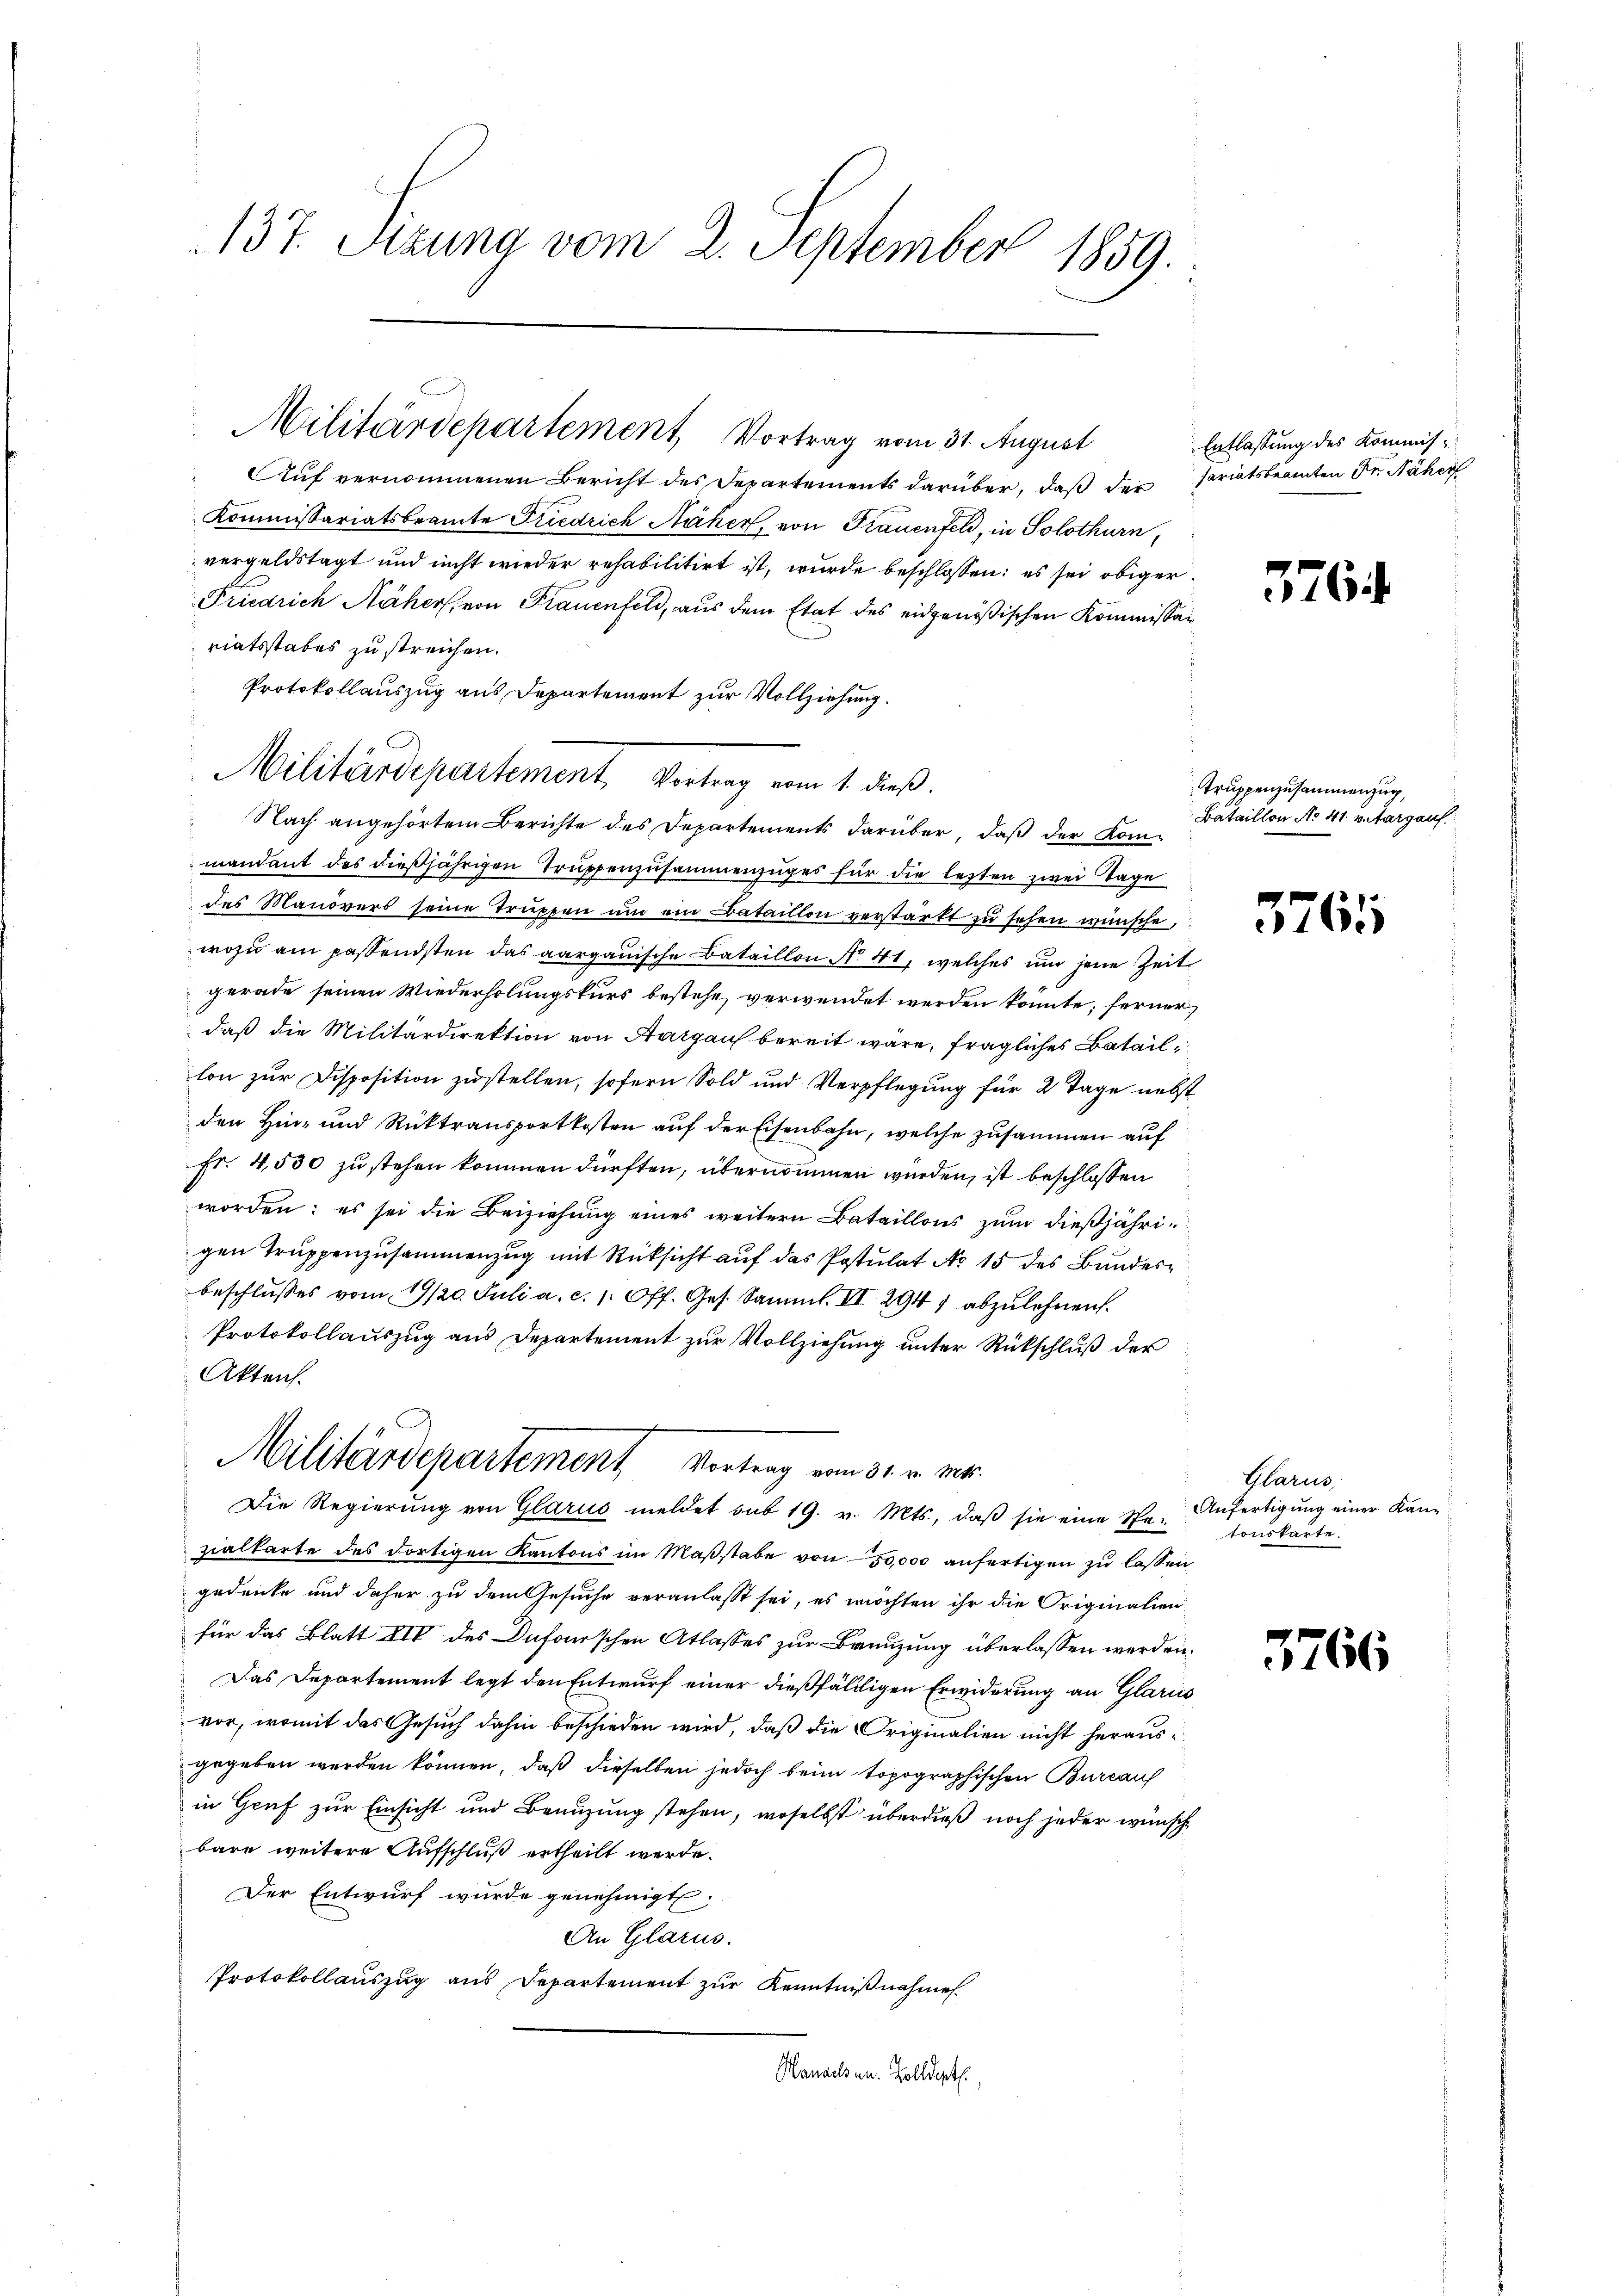
137. Sizung vom 2. September 1859.

Auf vernommenen Bericht des Departements darüber, daß der Pariatsbeamten Fr. Näher
Kommissariatsbeamte Friedrich Näher, von Frauenfeld, in Solothurn,
vergeldstagt und nicht wieder rehabilitirt ist, wurde beschlossen: es sei obiger
Friedrich Näher, von Frauenfeld, aus dem Etat des eidgenößischen Kommissar
riatsstabes zu streichen.
Protokollauszug aus Departement zur Vollziehung.
Nach angehörtem Berichte des Departements darüber, daß der Kommandant des dießjährigen Truppenzusammenzuges für die lezten zwei Tage
des Manövers seine Truppen um ein Bataillon verstärkt zu sehen wünsche,
wozu am passendsten das aargauische Bataillon No. 41, welches und jene Zeit
gerade seinen Wiederholungskurs bestehe, verwendet werden könnte, ferner
daß die Militärdirektion von Aargau bereit wäre, fragliches Bataillon zur Disposition zustellen, sofern Sold und Verpflegung für 2 Tage nebst
den Hin- und Rücktransportkosten auf der Eisenbahn, welche zusammen auf
Fr. 4,530 zu stehen kommen dürften, übernommen werden, ist beschlossen
worden; es sei die Beiziehung eines weitern Bataillons zum dießjährigen Truppenzusammenzug mit Rücksicht auf das Postulat No 15 des Bundesbeschlusses vom 19/20. Juli a. c. 1. Off. Ges. Samml. II 2941 abzulehnen.
Protokollauszug aus Departement zur Vollziehung unter Rückschluß der
Akten.
Militärdepartement Vortrag vom 31. v. Mts.
Die Regierŭng von Glarus meldet sub 19. v. Mts., daβ sie eine Spe-
zialkarte des dortigen Kantons im Maβstabe von 50,000 anfertigen zu lassen
gedenke und daher zu dem Gesuche veranlasst sei, es möchten ihr die Originalien-
für das Blatt XIV des Dufourschen Atlasses zur Benuzung überlassen werden.
Das Departement legt den Entwurf einer dießfälligen Erwiderung an Glarus
vor, womit das Gesuch dahin beschieden wird, daß die Originalien nicht herausgegeben werden können, daß dieselben jedoch beim topographischen Burcauf
in Gruf zur Einsicht und Benuzung stehen, woselbst überdieß noch jeder wünsche
bare weitere Aufschluß ertheilt werde.
Der Entwurf wurde genehmigt.
An Glarus.
Protokollauszug aus Departement zur Kenntnißnahmen.
Kanals an. Zolldept

Militärdepartement, Vortrag vom 31. August

C
Militärdepartement Vortrag vom 1. dieß.

Entlassung des Kommis¬

576

Truppenzusammenzug,
Bataillon No 41. v. Aargauf

5765

Glarus
Anfertigung einer Kantonskarte.

5766